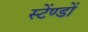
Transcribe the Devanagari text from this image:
स्टेंण्डों